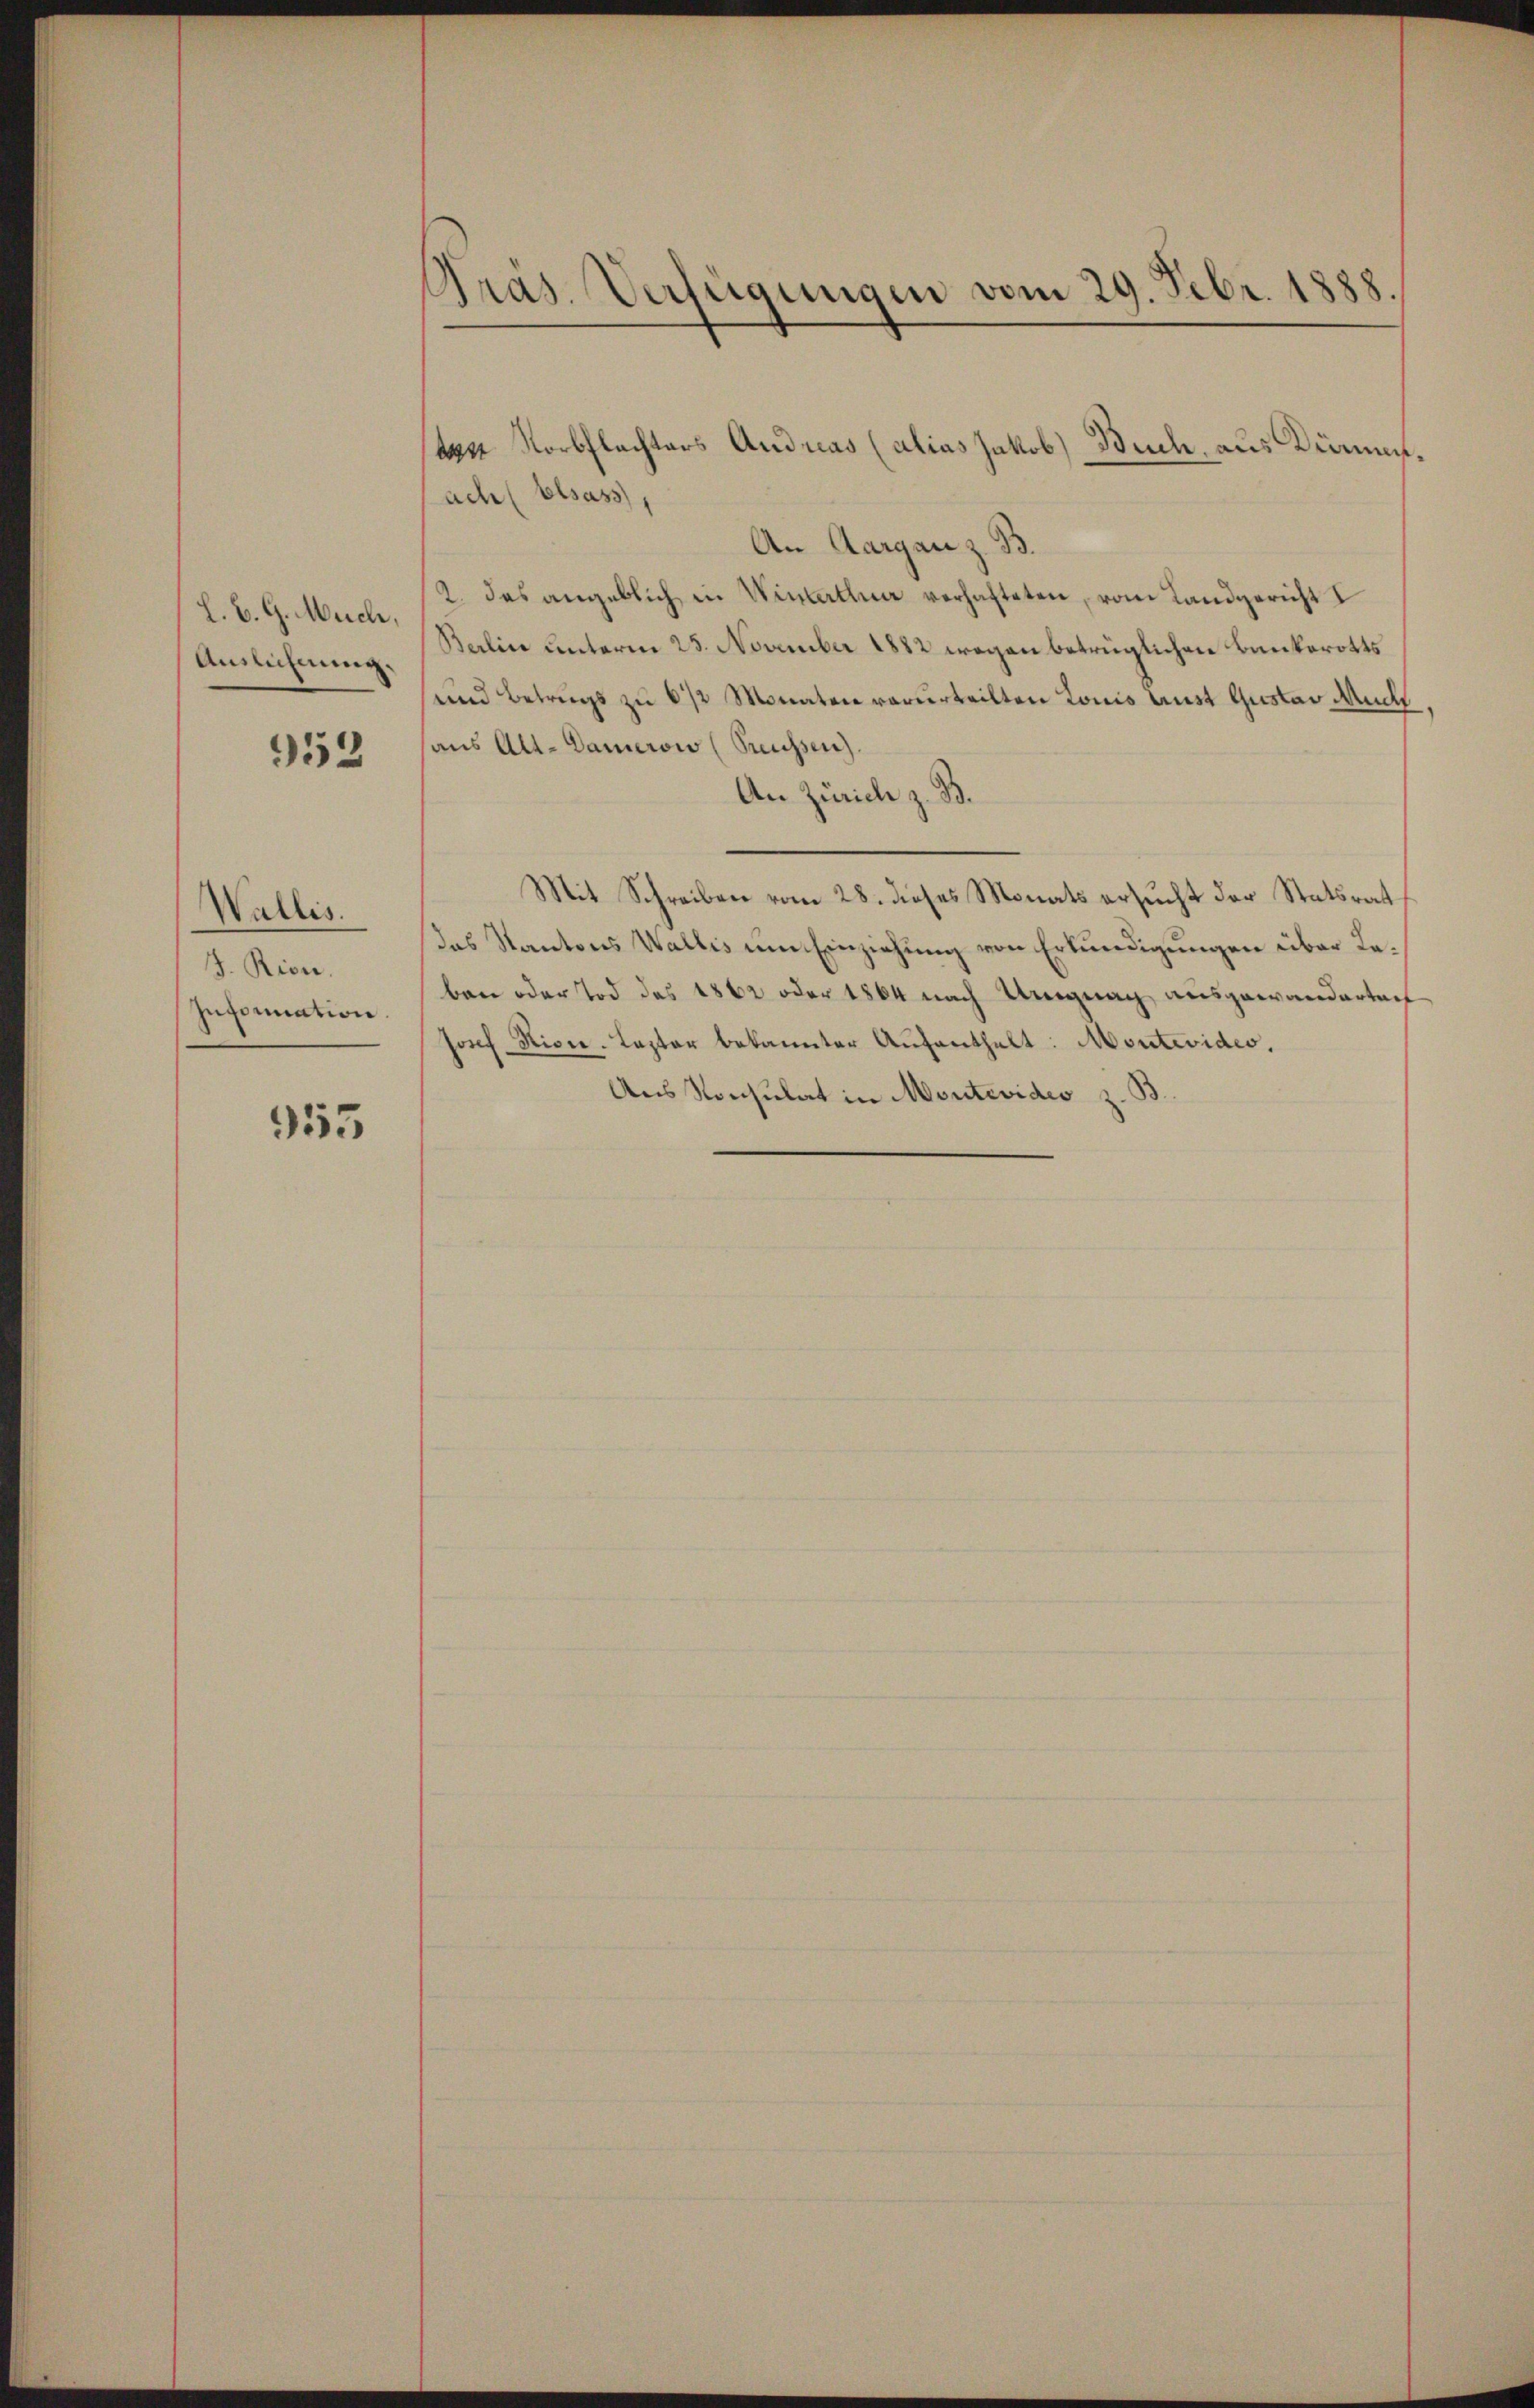
L. B. G. Much,
Auslichnung.

952

Wallis.
J. Rion.
Information.

953

Pras. Verfügungen vom 29. Febr. 1888

tas Norbflachters Andreas (alias Jakob Buch, aus Kinn,
ach Elsass,
An Aargau z. B.
2. das angeblich in Winterthur verhafteten, vom Landgericht I
Balin unterm 25. November 1882 wegen betrüglichen Bankerotts
und Betrugs zu 6 1/2 Monaten verurteilten Louis tust Gustav Much.
aus Alt-Damerow (Preussen).
An Zürich z. B.
Mit Schreiben vom 28. dieses Monats ersucht der Statsrath
das Kantons Wallis um Einziehung von Erkundigungen über Reben oder Tod des 1862 oder 1864 nach Ungnag ausgewanderten
Josef Hise. Laster bekannter Aufenthalt: Montevides,
Aus Konsulat in Montevideo z. B.